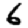
Digit: 6